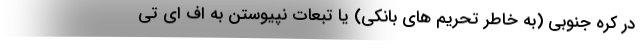
در کره جنوبی (به خاطر تحریم های بانکی) یا تبعات نپیوستن به اف ای تی